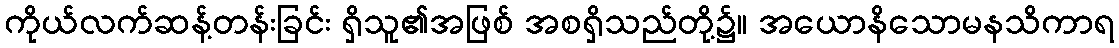
ကိုယ်လက်ဆန့်တန်းခြင်း ရှိသူ၏အဖြစ် အစရှိသည်တို့၌။ အယောနိသောမနသိကာရ